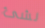
لشئ